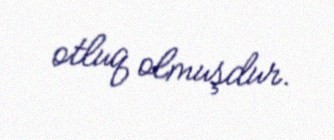
otluq olmuşdur.